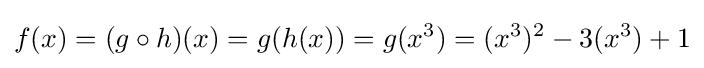
f(x)=(g\circ h)(x)=g(h(x))=g(x^{3})=(x^{3})^{2}-3(x^{3})+1